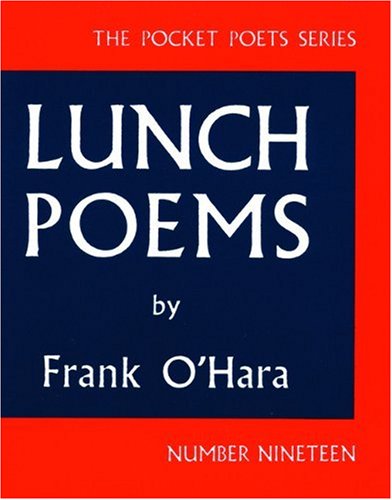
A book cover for Lunch Poems (City Lights Pocket Poets Series); Frank O'Hara; Gay & Lesbian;